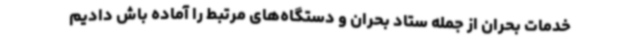
خدمات بحران از جمله ستاد بحران و دستگاه‌های مرتبط را آماده باش دادیم